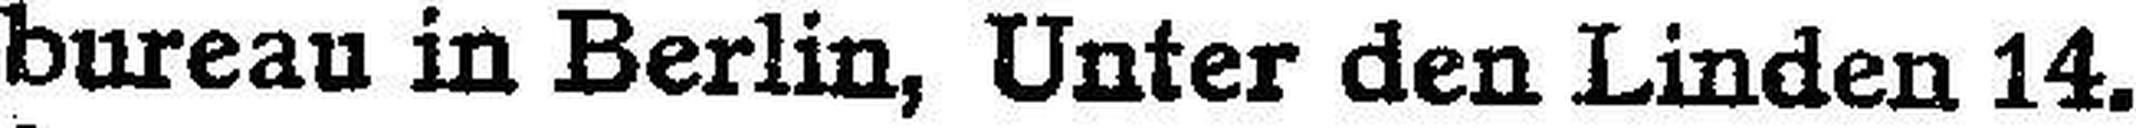
bureau in Berlin, Unter den Linden 14.